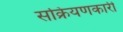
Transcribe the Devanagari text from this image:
सक्रियणकारी